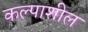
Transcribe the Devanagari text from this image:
कल्पाशील